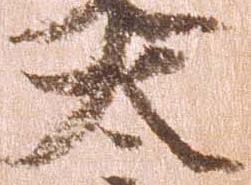
太